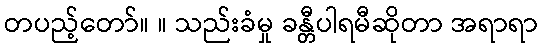
တပည့်တော်။ ။ သည်းခံမှု ခန္တီပါရမီဆိုတာ အရာရာ